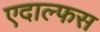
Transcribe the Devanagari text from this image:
एदाल्फस